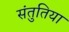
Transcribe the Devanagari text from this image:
संतुतिया